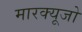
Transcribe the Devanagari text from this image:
मारक्यूजो